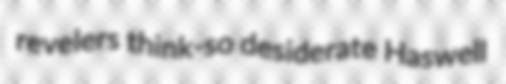
revelers think-so desiderate Haswell